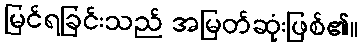
မြင်ရခြင်းသည် အမြတ်ဆုံးဖြစ်၏။